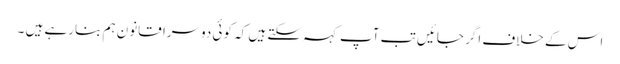
اس کے خلاف اگر جائیں تب آپ کہہ سکتے ہیں کہ کوئی دوسرا قانون ہم بنارہے ہیں ۔